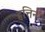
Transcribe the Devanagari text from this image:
हत्तिन